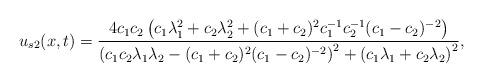
LaTeX: \begin{align*}u_{s2}(x,t) = \frac{4c_{1}c_{2} \left( c_{1}\lambda_{1}^{2} + c_{2}\lambda_{2}^{2} + (c_{1}+c_{2})^{2}c_{1}^{-1}c_{2}^{-1}(c_{1}-c_{2})^{-2} \right)}{\left( c_{1}c_{2}\lambda_{1}\lambda_{2}-(c_{1}+c_{2})^{2}(c_{1}-c_{2})^{-2} \right)^{2} + \left( c_{1}\lambda_{1} + c_{2}\lambda_{2} \right)^{2}},\end{align*}